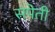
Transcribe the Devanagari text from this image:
सपेती